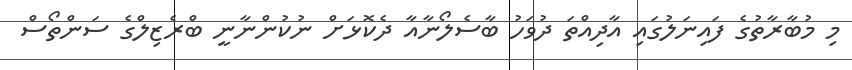
މި މުބާރާތުގެ ފައިނަލުގައި އާދިއްތަ ދުވަހު ބާސެލޯނާއާ ދެކޮޅަށް ނުކުންނާނީ ބްރެޒިލްގެ ސަންތޯސް